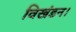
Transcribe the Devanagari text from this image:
विखंडन।